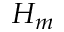
H _ { m }